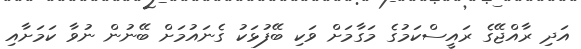
އަދި ރާއްޖޭގެ ރައީސްކަމުގެ މަގާމަށް ވަކި ބޭފުޅަކު ގެނައުމަށް ބޭނުން ނުވާ ކަމަށާއި